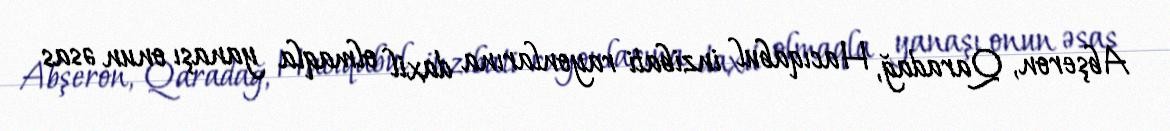
Abşeron, Qaradağ, Hacıqabul inzibati rayonlarına daxil olmaqla yanaşı onun əsas